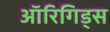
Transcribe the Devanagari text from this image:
ऑरिगिड्स